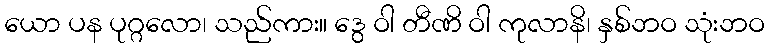
ယော ပန ပုဂ္ဂလော၊ သည်ကား။ ဒွေ ဝါ တီဏိ ဝါ ကုလာနိ၊ နှစ်ဘဝ သုံးဘဝ